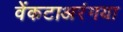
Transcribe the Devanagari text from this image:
वेंकटाअरंगया